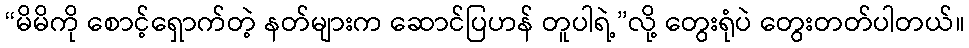
“မိမိကို စောင့်ရှောက်တဲ့ နတ်များက ဆောင်ပြဟန် တူပါရဲ့”လို့ တွေးရုံပဲ တွေးတတ်ပါတယ်။